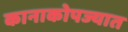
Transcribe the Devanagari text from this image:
कानाकोपज्यात